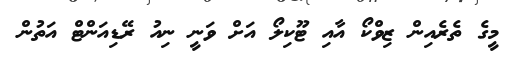
މީގެ ތެރެއިން ޒިވްކޯ އާއި ޓޫކިލޯ އަށް ވަނީ ނިއު ރޭޑިއަންޓް އަތުން